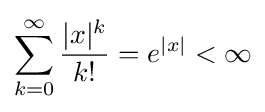
\sum _{k=0}^{\infty }{\frac {|x|^{k}}{k!}}=e^{|x|}<\infty